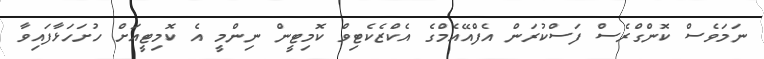
ނަމަވެސް ކޮންގްރެސް ފަސްކުރަން އެފްއޭއެމްގެ އެކްޒެކެޓިވް ކޮމިޓީން ނިންމީ އެ ކޮމިޓީއަށް ހުށަހަޅާފައިވާ